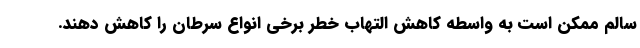
سالم ممکن است به واسطه کاهش التهاب خطر برخی انواع سرطان را کاهش دهند.